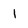
Character: 1